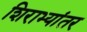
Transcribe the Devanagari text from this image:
शिराभ्यांतर